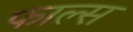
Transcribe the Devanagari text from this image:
फाल्‍स